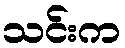
သင်းက